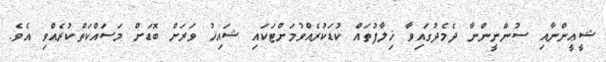
ޝީޢީންނާއި ސުންނީންނާ ދެމެދުގައިވާ ޚިލާފުތައް ކުޑަކުރެއްވުމަށްޓަކައި ޝައިޚު ވަރަށް ބޮޑަށް މަސައްކަތްކުރެއްވި އެވެ.